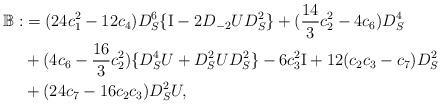
LaTeX: \begin{align*}\begin{aligned}\mathbb{B}:&=(24 c_1^2-12 c_4) D_S^6\{ \mathrm{I}-2 D_{-2} U D_S^2 \}+(\frac{14}{3} c_2^2-4 c_6) D_S^4\\&+(4 c_6-\frac{16}{3} c_2^2) \{D_S^4 U+D_S^2 U D_S^2\}-6 c_3^2 \mathrm{I}+12 (c_2 c_3-c_7) D_S^2\\&+(24 c_7-16 c_2 c_3) D_S^2 U,\end{aligned}\end{align*}